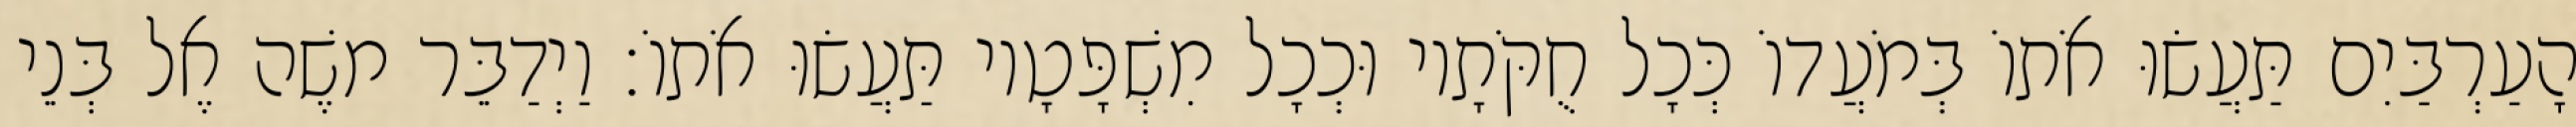
הָעַרְבַּיִם תַּעֲשׂוּ אֹתוֹ בְּמֹעֲדוֹ כְּכָל חֻקֹּתָיו וּכְכָל מִשְׁפָּטָיו תַּעֲשׂוּ אֹתוֹ׃ וַיְדַבֵּר משֶׁה אֶל בְּנֵי